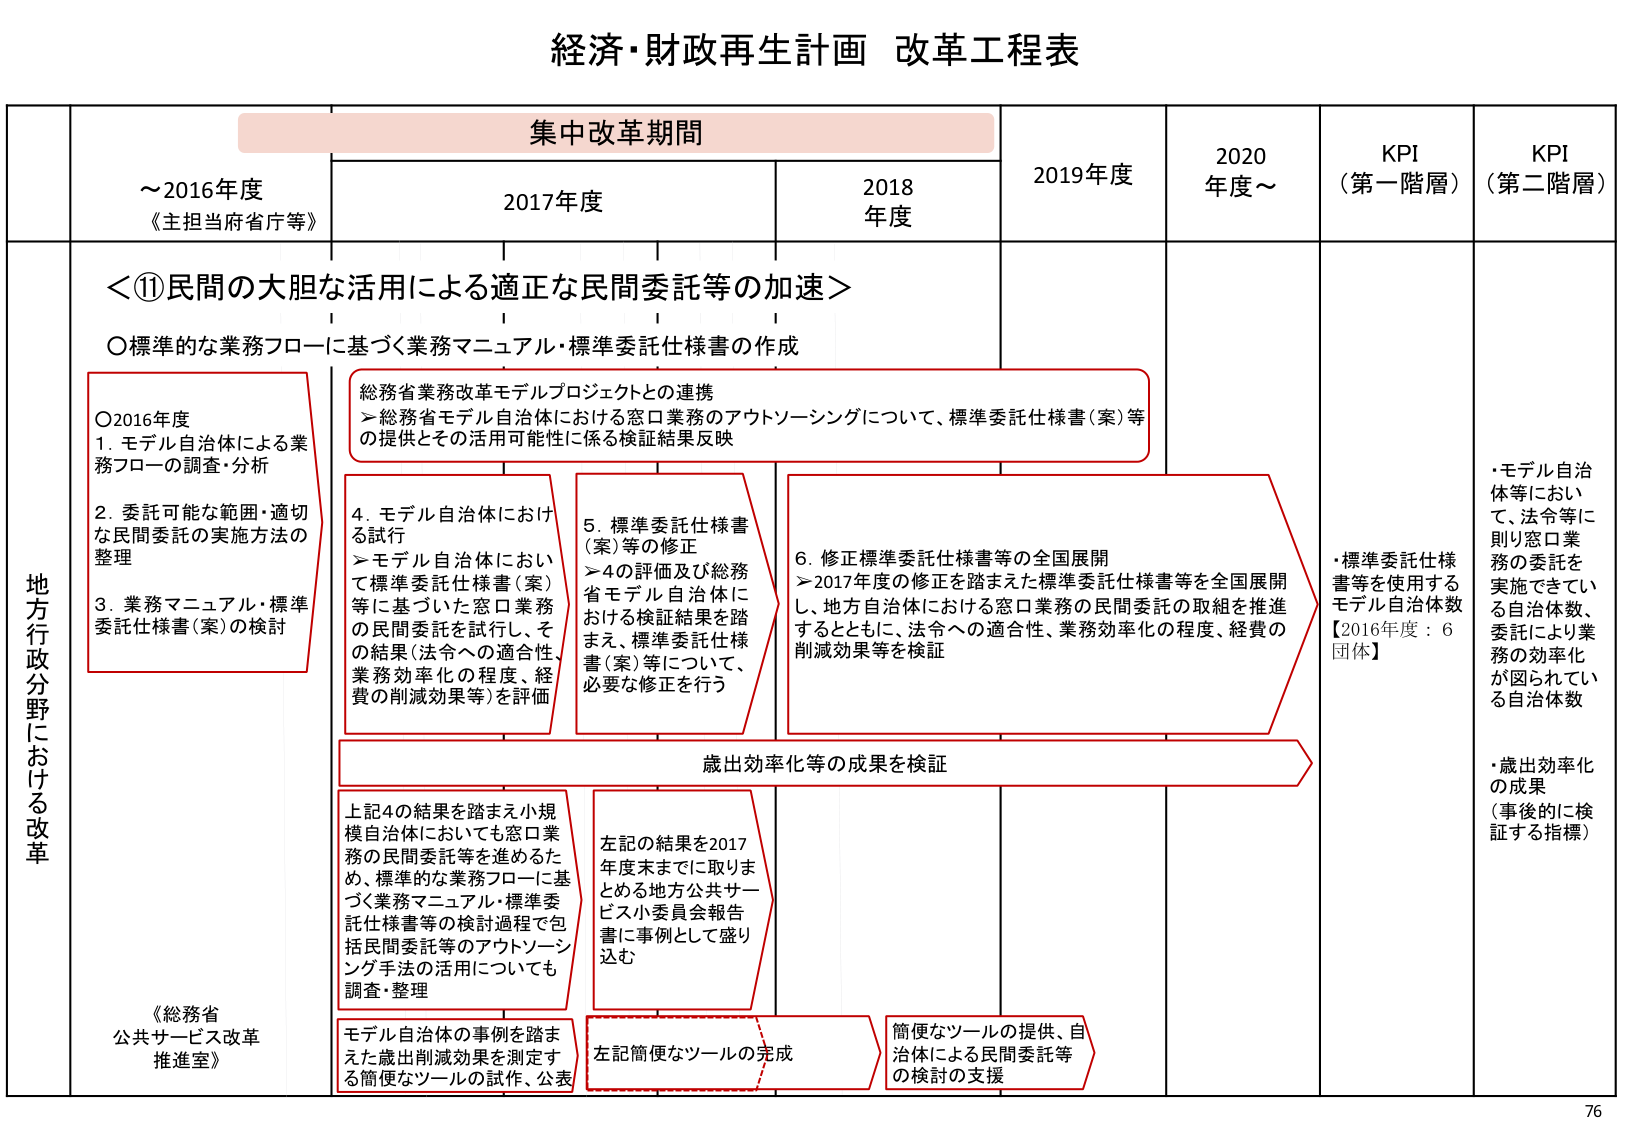
経済・財政再生計画 改革工程表

集中改革期間

～2016年度
《主担当府省庁等》

2017年度

2018年度

2019年度

2020年度～

KPI
（第一階層）

KPI
（第二階層）

地方行政分野における改革

＜⑪民間の大胆な活用による適正な民間委託等の加速＞

○標準的な業務フローに基づく業務マニュアル・標準委託仕様書の作成

○2016年度
1. モデル自治体による業務フローの調査・分析
2. 委託可能な範囲・適切な民間委託の実施方法の整理
3. 業務マニュアル・標準委託仕様書（案）の検討

総務省業務改革モデルプロジェクトとの連携
→総務省モデル自治体における窓口業務のアウトソーシングについて、標準委託仕様書（案）等の提供とその活用可能性に係る検証結果反映

4. モデル自治体における試行
→モデル自治体において標準委託仕様書（案）等に基づいた窓口業務の民間委託を試行し、その結果（法令への適合性、業務効率化の程度、経費の削減効果等）を評価

5. 標準委託仕様書（案）等の修正
→4の評価及び総務省モデル自治体における検証結果を踏まえ、標準委託仕様書（案）等について、必要な修正を行う

6. 修正標準委託仕様書等の全国展開
→2017年度の修正を踏まえた標準委託仕様書等を全国展開し、地方自治体における窓口業務の民間委託の取組を推進するとともに、法令への適合性、業務効率化の程度、経費の削減効果等を検証

歳出効率化等の成果を検証

上記4の結果を踏まえ小規模自治体においても窓口業務の民間委託等を進めるため、標準的な業務フローに基づく業務マニュアル・標準委託仕様書等の検討過程で包括民間委託等のアウトソーシング手法の活用についても調査・整理

左記の結果を2017年度末までに取りまとめる地方公共サービス小委員会報告書に事例として盛り込む

モデル自治体の事例を踏まえた歳出削減効果を測定する簡便なツールの試作・公表

左記簡便なツールの完成

簡便なツールの提供、自治体による民間委託等の検討の支援

・標準委託仕様書等を使用するモデル自治体数
【2016年度：6団体】

・モデル自治体等において、法令等に則り窓口業務の委託を実施できている自治体数、委託により業務の効率化が図られている自治体数

・歳出効率化の成果（事後的に検証する指標）

《総務省
公共サービス改革推進室》

76